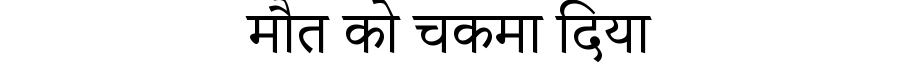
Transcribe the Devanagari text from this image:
मौत को चकमा दिया